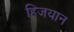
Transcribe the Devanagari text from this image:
हिजयान